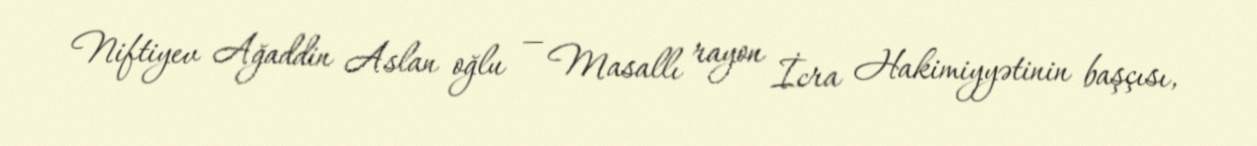
Niftiyev Ağaddin Aslan oğlu — Masallı rayon İcra Hakimiyyətinin başçısı,